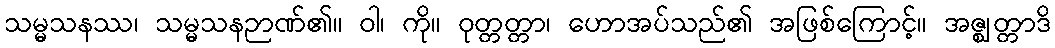
သမ္မသနဿ၊ သမ္မသနဉာဏ်၏။ ဝါ၊ ကို။ ဝုတ္တတ္တာ၊ ဟောအပ်သည်၏ အဖြစ်ကြောင့်။ အဇ္ဈတ္တာဒိ